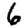
Digit: 6